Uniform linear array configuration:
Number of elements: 4
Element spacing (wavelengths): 0.75
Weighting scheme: kaiser
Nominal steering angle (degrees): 15
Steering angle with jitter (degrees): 13.915
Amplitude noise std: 0.05
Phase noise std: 0.05

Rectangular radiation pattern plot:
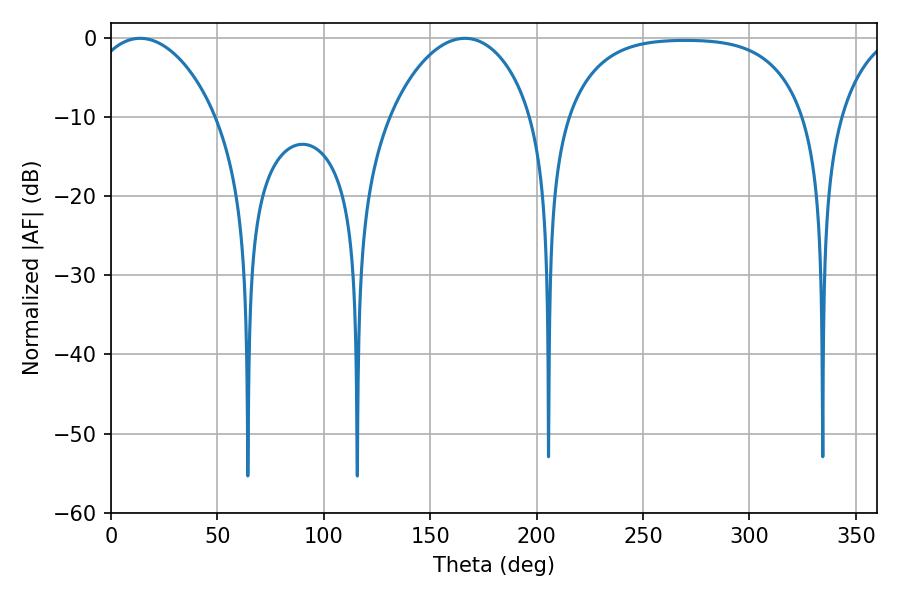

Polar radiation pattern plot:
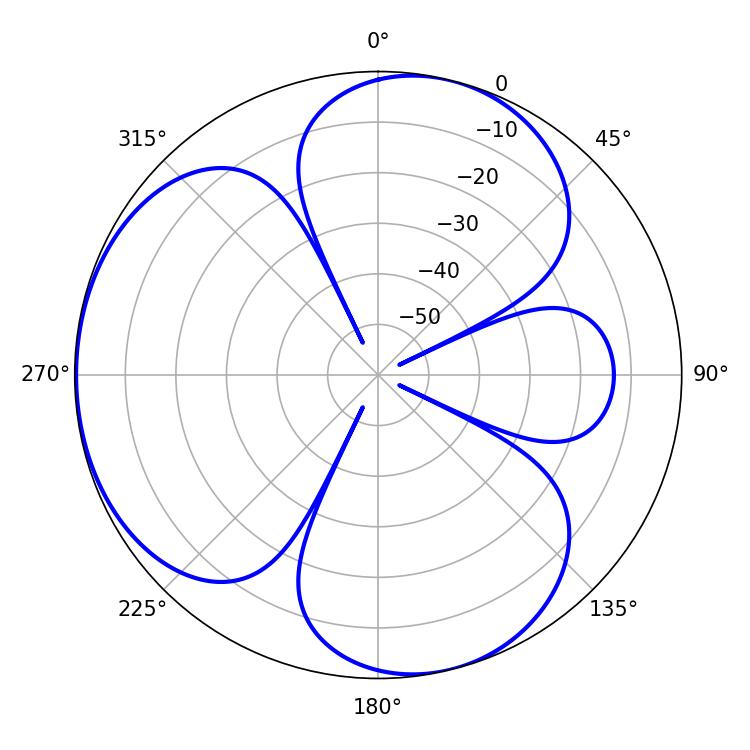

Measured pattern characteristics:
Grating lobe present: TRUE
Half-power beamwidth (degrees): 33.48
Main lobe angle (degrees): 13.68